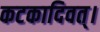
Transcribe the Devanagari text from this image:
कटकादिवत्।